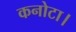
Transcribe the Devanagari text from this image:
कनोटा।